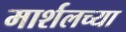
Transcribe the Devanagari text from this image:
मार्शलच्या